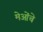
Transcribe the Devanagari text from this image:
मेओंचे